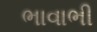
ભાવાભી